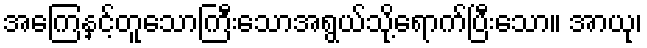
အကြေနှင့်တူသောကြီးသောအရွယ်သို့ရောက်ပြီးသော။ အာယု၊